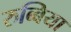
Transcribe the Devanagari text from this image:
रुब्बिया